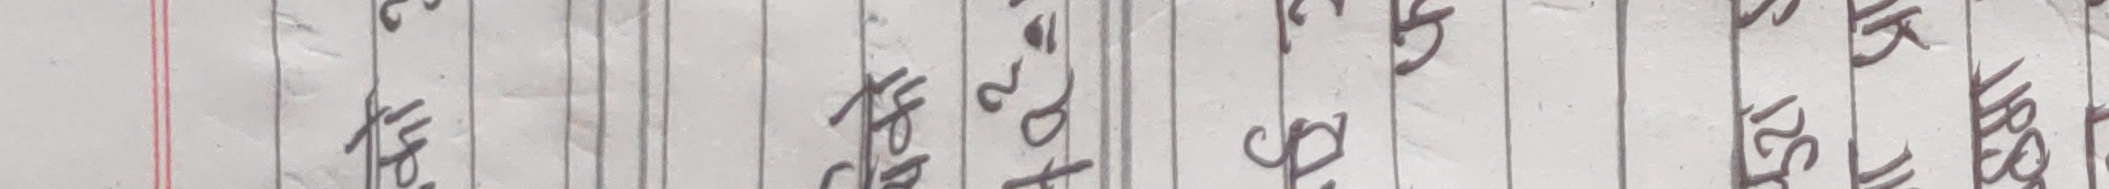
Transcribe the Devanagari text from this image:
था. खोट २९० थाह हर सम्हालेर